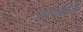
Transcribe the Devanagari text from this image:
मिनीमाइज़र